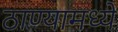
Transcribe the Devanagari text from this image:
ठाण्यामध्ये